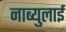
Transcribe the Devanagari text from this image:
नाब्युलाई